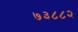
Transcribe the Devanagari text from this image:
७३८८२